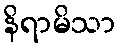
နိရာမိသာ